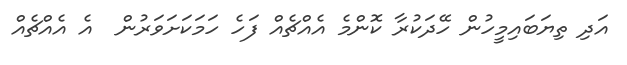
އަދި ތިޔަބައިމީހުން ހޭދަކުރާ ކޮންމެ އެއްޗެއް ފަހެ ހަމަކަށަވަރުން  އެ އެއްޗެއް